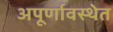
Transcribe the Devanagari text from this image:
अपूर्णावस्थेत